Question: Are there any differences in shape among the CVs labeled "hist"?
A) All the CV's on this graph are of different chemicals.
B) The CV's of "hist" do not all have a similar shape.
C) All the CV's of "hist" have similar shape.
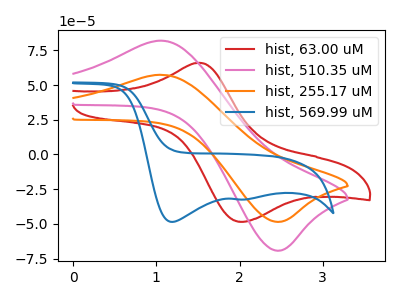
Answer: <think>The red curve "hist, 63.00 uM" has an anodic peak at (1.55V, 66.00uA) and a cathodic peak at (2.05V, -48.40uA). The pink curve "hist, 510.35 uM" has an anodic peak at (1.05V, 81.90uA) and a cathodic peak at (2.45V, -69.15uA). The orange curve "hist, 255.17 uM" has an anodic peak at (1.05V, 57.35uA) and a cathodic peak at (2.45V, -48.40uA). The blue curve "hist, 569.99 uM" has cathodic peaks at (1.20V, -48.50uA) (2.05V, -32.40uA).
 "hist, 63.00 uM" and "hist, 510.35 uM" have at least one peak that do not match. "hist, 63.00 uM" and "hist, 255.17 uM" have at least one peak that do not match. "hist, 63.00 uM" and "hist, 569.99 uM" have at least one peak that do not match. All the peaks in "hist, 510.35 uM" have a peak in "hist, 255.17 uM" at the same potential. Every peak in "hist, 510.35 uM" is higher than every peak in "hist, 255.17 uM". "hist, 510.35 uM" and "hist, 569.99 uM" have at least one peak that do not match. "hist, 255.17 uM" and "hist, 569.99 uM" have at least one peak that do not match.</think>
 <answer>C) All the CV's of "hist" have similar shape.</answer>
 <eval>C</eval>